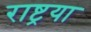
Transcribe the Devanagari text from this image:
राष्ट्रया